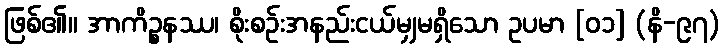
ဖြစ်၏။ အာကိဉ္စနဿ၊ စိုးစဉ်းအနည်းငယ်မျှမရှိသော ဥပမာ [၀၁] (နိ-၉၇)